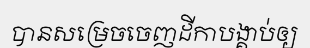
បានសម្រេចចេញដីកាបង្គាប់ឲ្យ